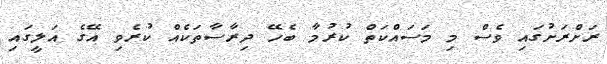
ރަށްރަށުގައި ވެސް މި މަސައްކަތް ކުރުމާ ބެހޭ ދިރާސާތަކެއް ކުރެވި އޭގެ އަލީގައި